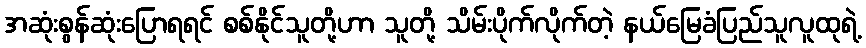
အဆုံးစွန်ဆုံးပြောရရင် စစ်နိုင်သူတို့ဟာ သူတို့ သိမ်းပိုက်လိုက်တဲ့ နယ်မြေခံပြည်သူလူထုရဲ့